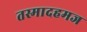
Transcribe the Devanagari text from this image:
तस्मादहमज